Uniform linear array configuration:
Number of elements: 12
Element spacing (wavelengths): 0.75
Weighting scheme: kaiser
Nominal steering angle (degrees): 0
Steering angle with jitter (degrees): -0.6963
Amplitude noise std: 0.05
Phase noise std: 0.05

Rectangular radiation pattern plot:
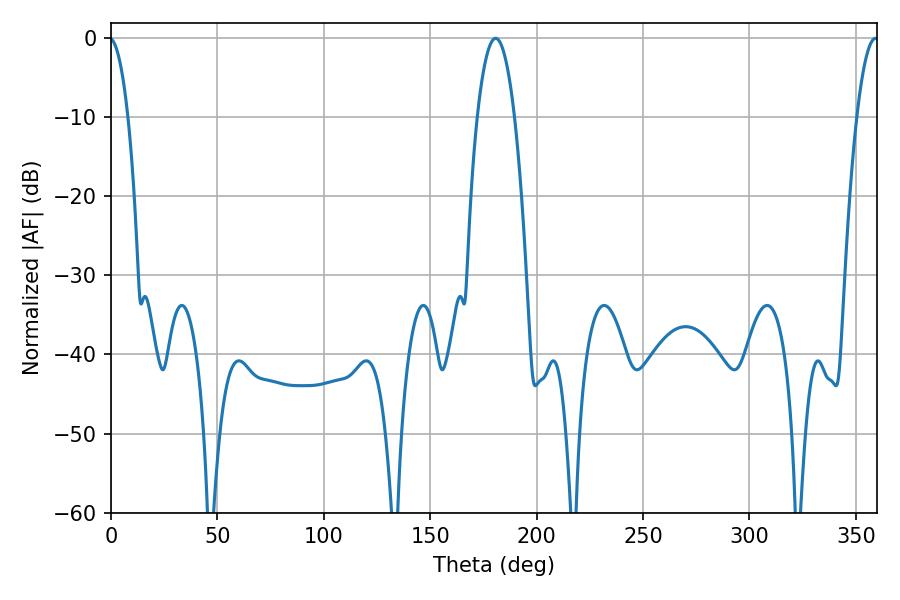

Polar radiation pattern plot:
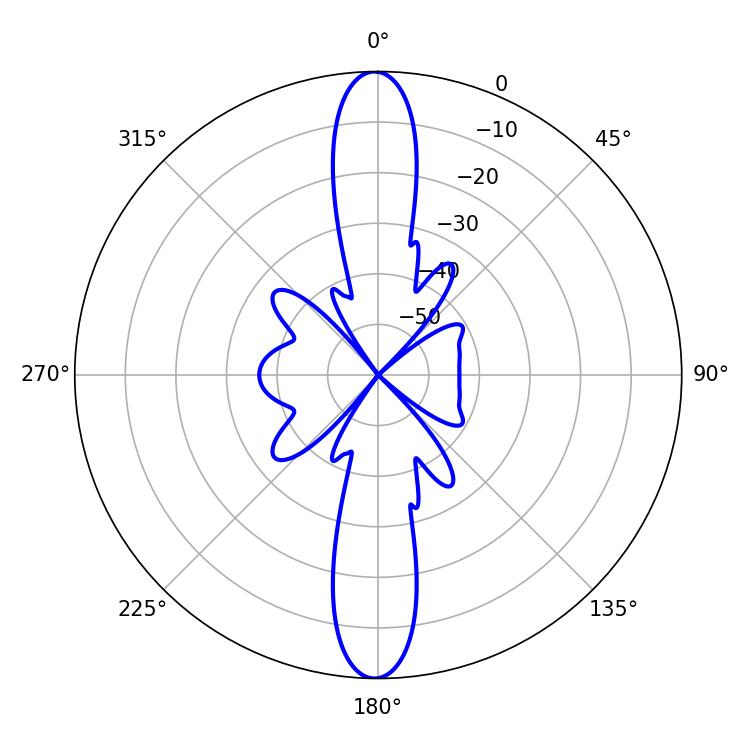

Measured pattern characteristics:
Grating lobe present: TRUE
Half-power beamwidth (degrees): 9.72
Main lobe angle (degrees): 180.72